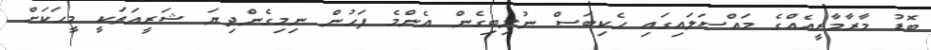
ބޮޑު މާރާމާރީއެއްގެ މައްސަލައިގައި ހެކިބަސް ނުލިބިގެން އެންމެ ފަހުން ނިމިގެންދިޔަ ޝަރީއަތަކީ މީހަކަށް